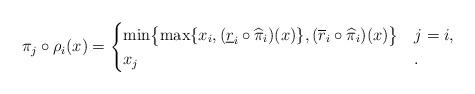
LaTeX: \begin{align*}\pi_j \circ \rho_i(x) = \begin{cases}\min \bigl \{ \max \{ x_i, (\underline{r}_i \circ \widehat{\pi}_i)(x) \} , (\overline{r}_i \circ \widehat{\pi}_i)(x) \bigr \} & j=i , \\x_j &.\end{cases} \end{align*}